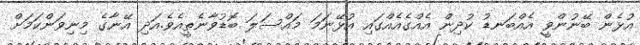
އުޅެން ބޭނުންވީ އެއްބަނޑު ކުދިން އެއްގެއެއްގައި އުޅޭނަމަ މައްސަލަ ބޮޑުވާނެތީއެވެ.އަދި އޭނާގެ މިނިވަންކަމަށް